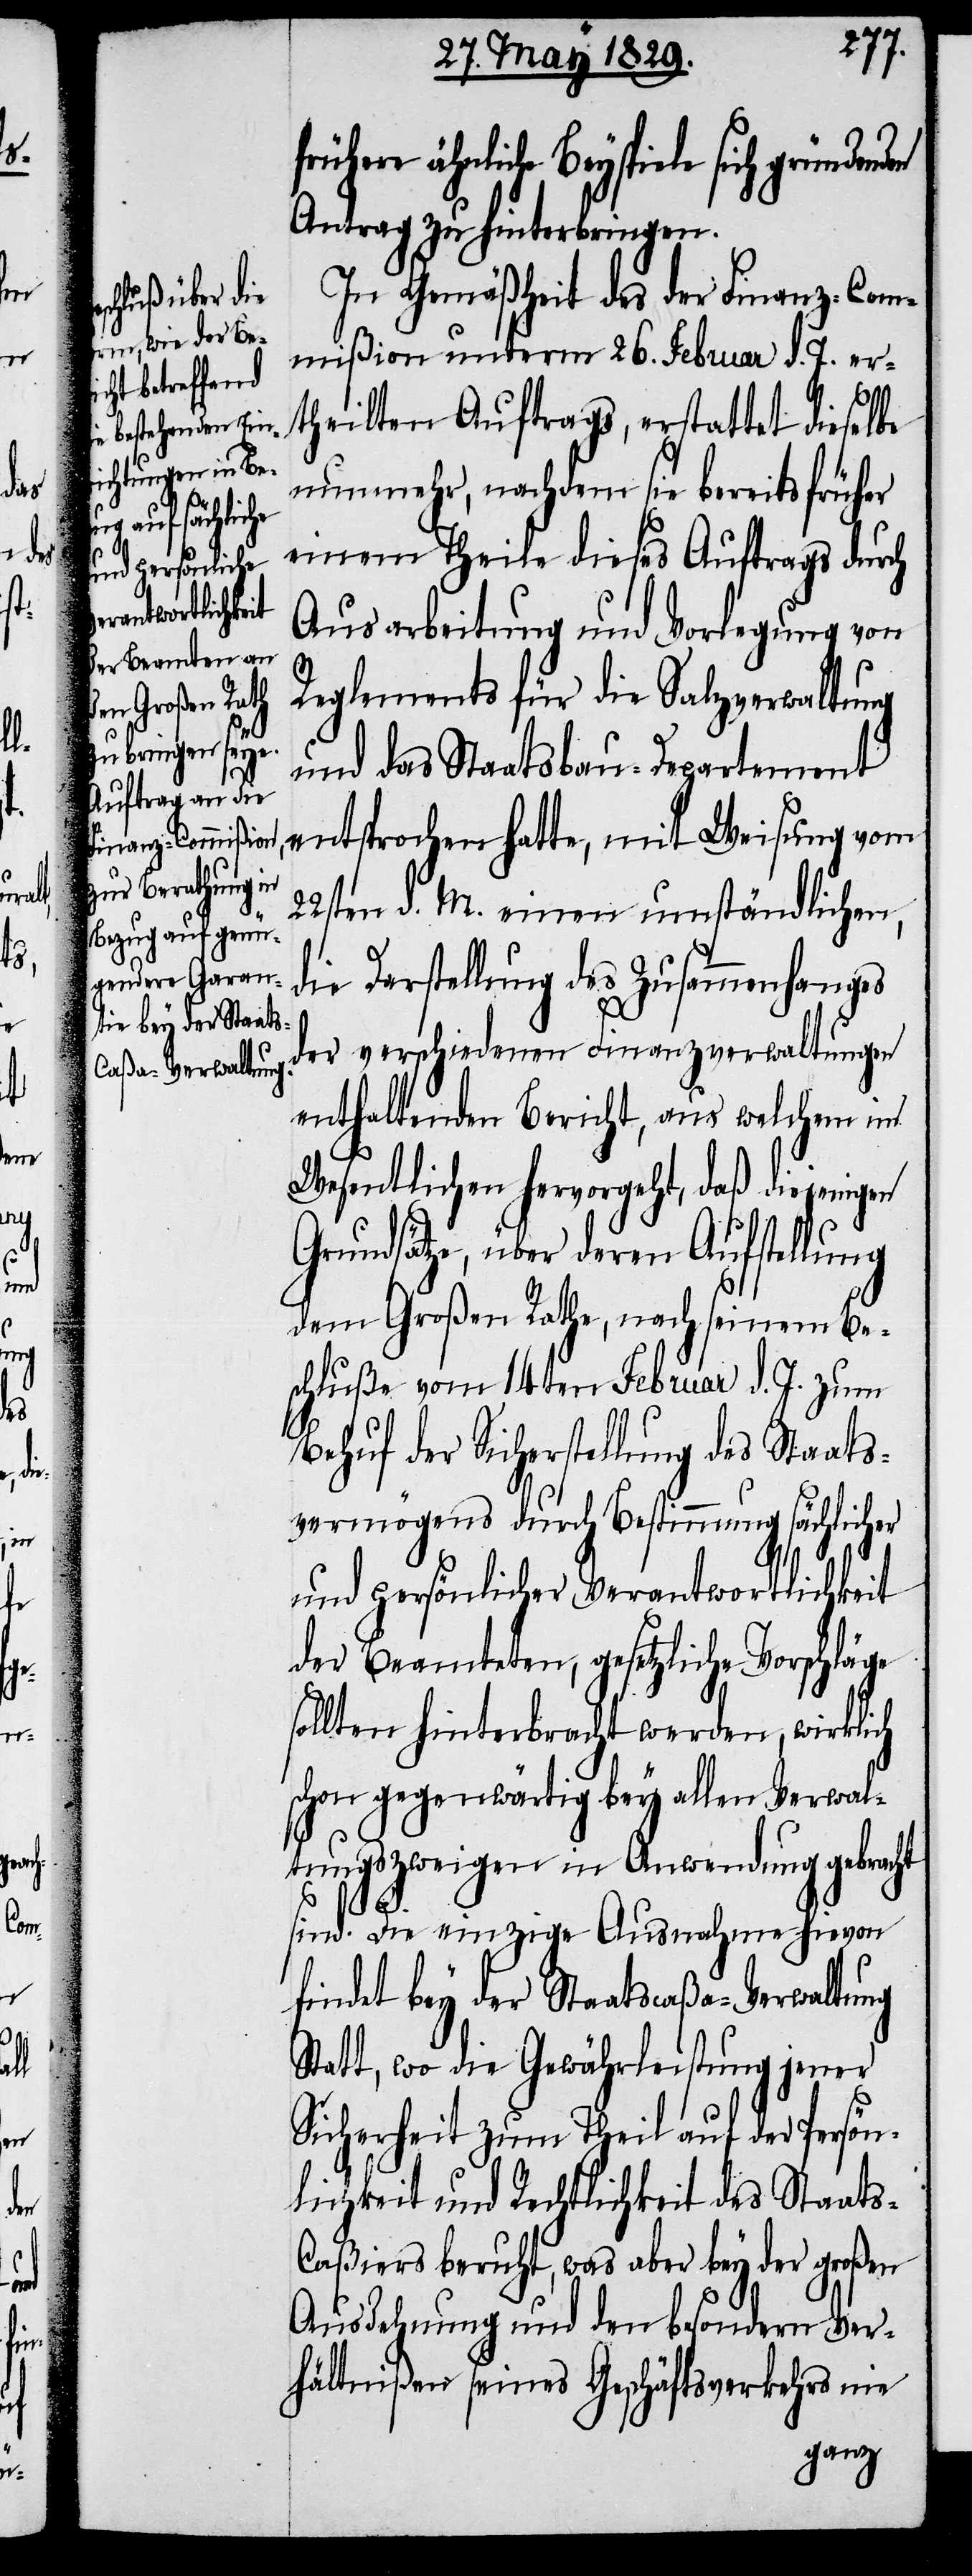
nden
s-C¬

frühere ähnliche Beyspiele sich gründe¬
Antrag zu hinterbringen.
In Gemäßheit des der Finanz-Com¬
mißion unterm 26. Februar d. J. er¬
theilten Auftrags, erstattet dieselbe
nunmehr, nachdem sie bereits früher
einem Theile dieses Auftrags durch
Ausarbeitung und Vorlegung von
Reglements für die Salzverwaltung
und das Staatsbau-Departement
entsprochen hatte, mit Weisung vom
22sten d. M. einen umständlichen,
die Darstellung des Zusammenhanges
der verschiedenen Finanzverwaltungen
enthaltenden Bericht, aus welchem im
Wesentlichen hervorgeht, daß diejenigen
Grundsätze, über deren Aufstellung
dem Großen Rathe, nach seinem Be¬
schluße vom 14ten Februar d. J. zum
Behuf der Sicherstellung des Staats¬
vermögens durch Bestimmung sächlicher
und persönlicher Verantwortlichkeit
der Beamteten, gesetzliche Vorschläge
sollten hinterbracht werden, wirklich
schon gegenwärtig bey allen Verwal¬
tungszweigen in Anwendung gebracht
sind. Die einzige Ausnahme hievon
findet bey der Staatscaßa-Verwaltung
Statt, wo die Gewährleistung jener
Sicherheit zum Theil auf der Persön¬
lichkeit und Rechtlichkeit des Staat¬
aßiers beruht, was aber bey der großen
Ausdehnung und den besondern Ver¬
hältnißen seines Geschäftsverkehrs nie